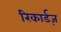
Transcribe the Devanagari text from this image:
रिकार्डज़